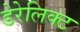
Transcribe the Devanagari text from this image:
डेरेलिक्ट